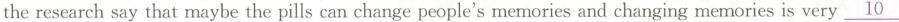
the research say that maybe the pills can change people's memories and changing memories is very\underline{10}